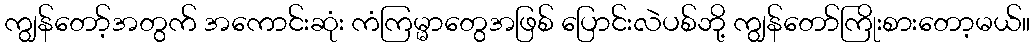
ကျွန်တော့်အတွက် အကောင်းဆုံး ကံကြမ္မာတွေအဖြစ် ပြောင်းလဲပစ်ဘို့ ကျွန်တော်ကြိုးစားတော့မယ်။